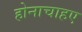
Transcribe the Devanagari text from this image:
होनाचाहए